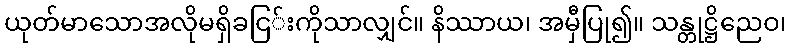
ယုတ်မာသောအလိုမရှိခငြ်းကိုသာလျှင်။ နိဿာယ၊ အမှီပြု၍။ သန္တုဋ္ဌိညေဝ၊